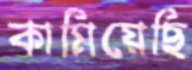
কামিয়েছি